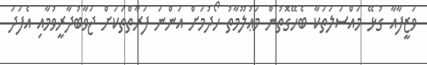
ވަޒީފާއާ ގުޅޭ މައްސަލަތަކާ ބެހޭގޮތުން މަޢުލޫމާތު ހޯދުމަށް އަންނަ ފަރާތްތަކަށް ޖަވާބުދާރީވުމާއި އެފަދަ